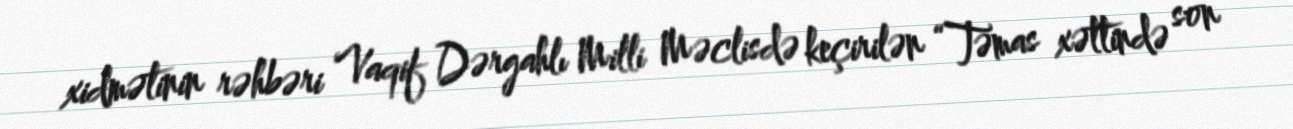
xidmətinin rəhbəri Vaqif Dərgahlı Milli Məclisdə keçirilən “Təmas xəttində son